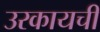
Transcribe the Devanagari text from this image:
उरकायची